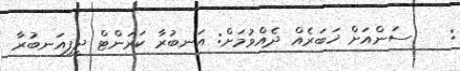
:    ސަންއަށް ޚަބަރެއް ދެއްވުމަށް: އަނބުރާ ކަރަންޓް ދީފިއަނބުރާ